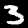
Digit: 3